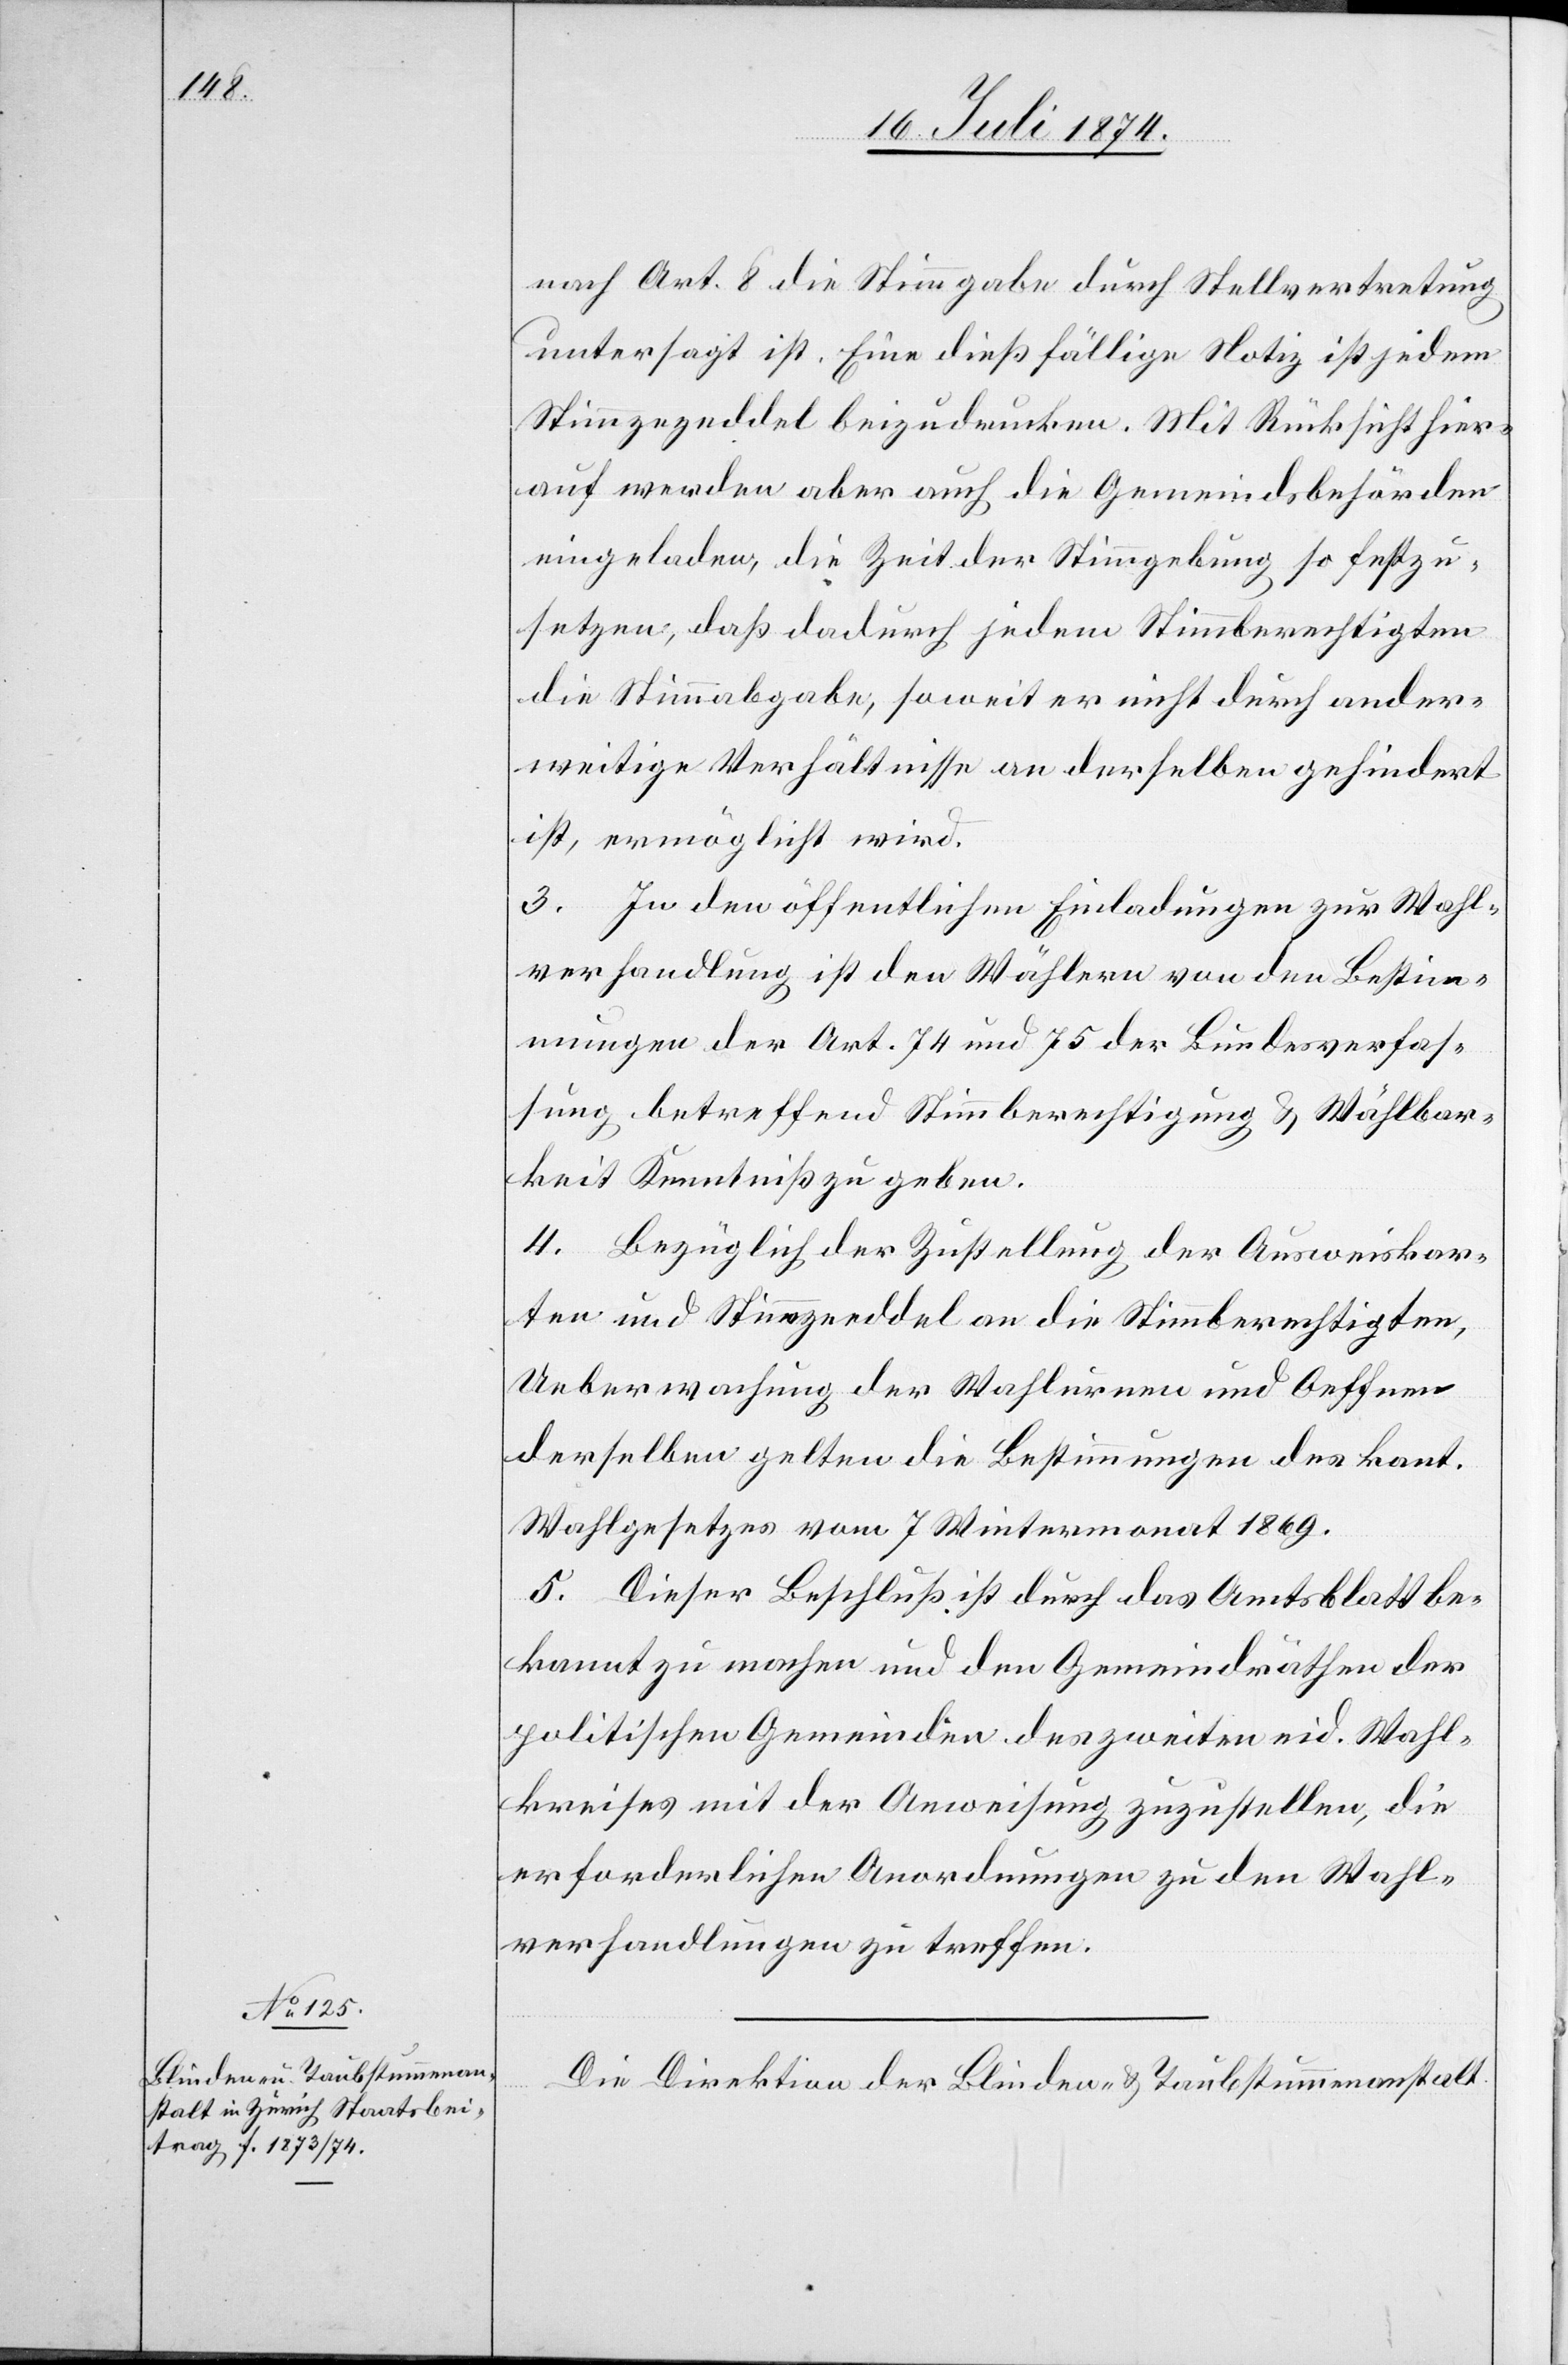
nach Art. 8 die Stimmgabe durch Stellvertretung
untersagt ist. Eine dießfällige Notiz ist jedem
Stimmzezeddel [sic!] beizudrucken. Mit Rücksicht hier¬
auf werden aber auch die Gemeindsbehörden
eingeladen, die Zeit der Stimmgebung so festzu¬
setzen, daß dadurch jedem Stimmberechtigten
die Stimmabgabe, soweit er nicht durch ander¬
weitige Verhältnisse an derselben gehindert
ist, ermöglicht wird.
3. In den öffentlichen Einladungen zur Wahl¬
verhandlung ist den Wählern von den Bestim¬
mungen der Art. 74 und 75 der Bundesverfas¬
sung betreffend Stimmberechtigung u. Wählbar¬
keit Kenntniß zu geben.
4. Bezüglich der Zustellung der Ausweiskar¬
ten und Stimmzeddel an die Stimmberechtigten,
Ueberwachung der Wahlurnen und Oeffnen
derselben gelten die Bestimmungen des kant.
Wahlgesetzes vom 7. Wintermonat 1869.
5. Dieser Beschluß ist durch das Amtsblatt be¬
kannt zu machen und den Gemeindräthen der
politischen Gemeinden des zweiten eid. Wahl¬
kreises mit der Anweisung zuzustellen, die
erforderlichen Anordnungen zu den Wahl¬
verhandlungen zu treffen.
Die Direktion der Blinden- u. Taubstummenanstalt